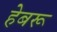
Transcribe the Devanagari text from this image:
हेबरू